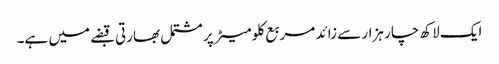
ایک لاکھ چار ہزار سے زائد مربع کلومیٹر پر مشتمل بھارتی قبضے میں ہے۔